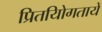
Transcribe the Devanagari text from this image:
प्रितयोिगतायें